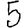
Digit: 5